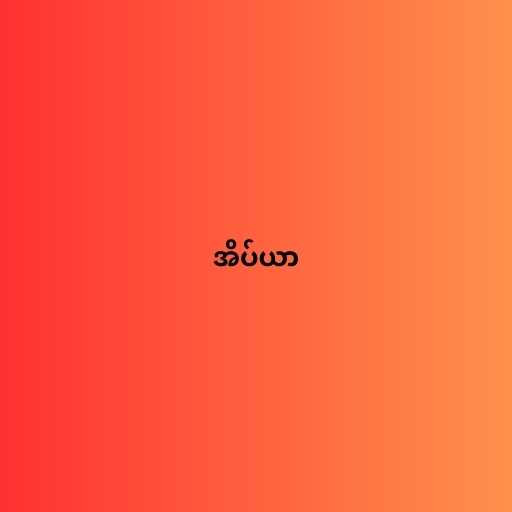
အိပ်ယာ